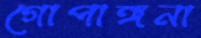
গোপাঙ্গনা